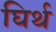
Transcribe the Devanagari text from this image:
घिर्थ